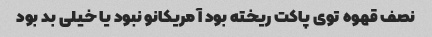
نصف قهوه توی پاکت ریخته بود آمریکانو نبود یا خیلی بد بود